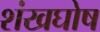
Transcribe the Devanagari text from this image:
शंखघोष